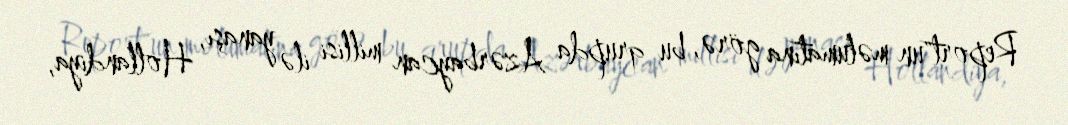
Report"un məlumatına görə, bu qrupda Azərbaycan millisi ilə yanaşı, Hollandiya,